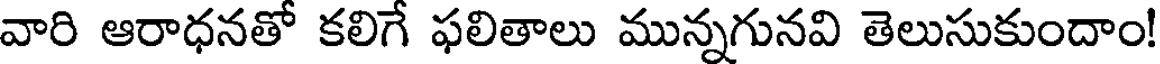
వారి ఆరాధనతో కలిగే ఫలితాలు మున్నగునవి తెలుసుకుందాం